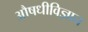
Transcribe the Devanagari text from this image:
औषधीविज्ञान